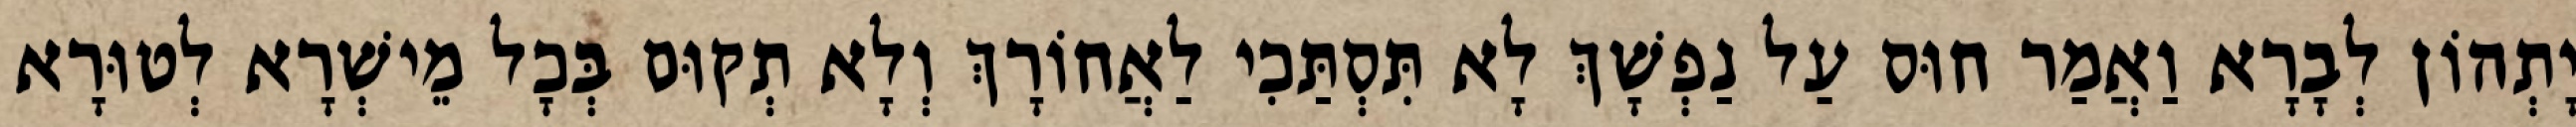
יָתְהוֹן לְבָרָא וַאֲמַר חוּס עַל נַפְשָׁךְ לָא תִּסְתַּכִי לַאֲחוֹרָךְ וְלָא תְקוּם בְּכָל מֵישְׁרָא לְטוּרָא